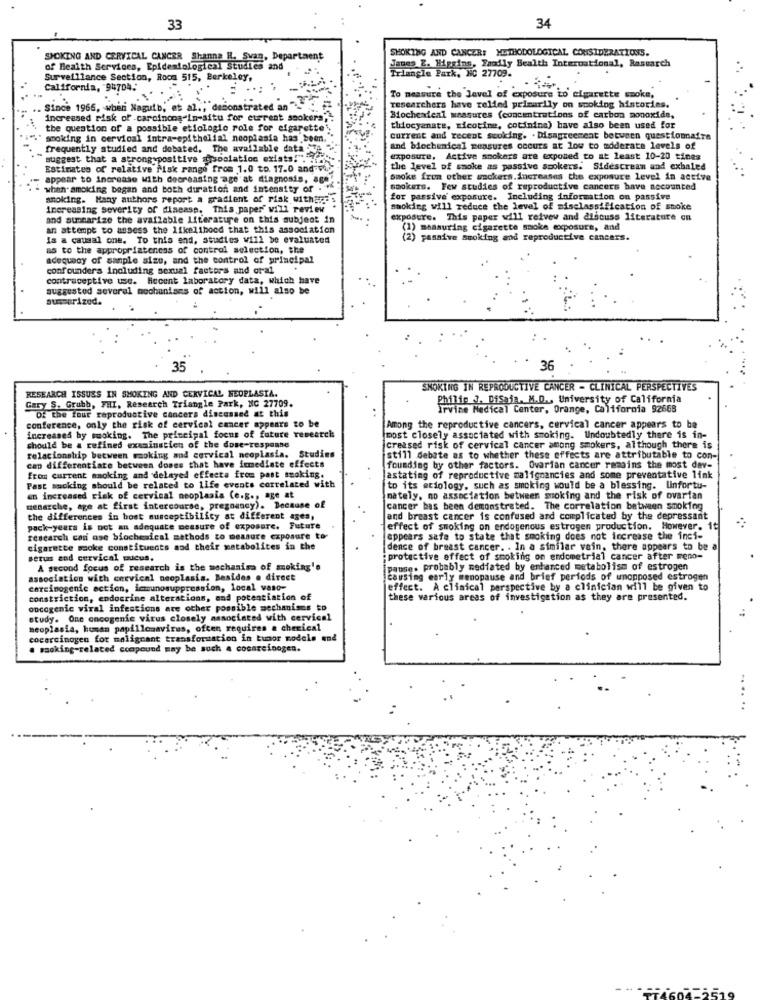
33
34
SMOKING AND CANCER: METHODOLOGICAL CONSIDERATIONS.
SMOKING AND CERVICAL CANCER Shanna H. Svan, Department
Janes Z. Mysins, Faodly Bealth International, Rasuarch
of Health Services, Epidemiological Studies and
Surveillance Section, Room 515, Berkeley,
Triangle Park, NC 27709.
California, 94704.
To measure the Javel of exposure to cigarette smoke,
. Since 1966, wheni Nagutb; et
monstrated
researchers have relied primarily on smoking histories.
increased risk of .carcinoma-in-situ for current spokera ,:
Biochemical measures (concentrations of carbon monoxide,
the question of a possible etiologie role for cigarette',
thiocyanate, nicotine, cotinine) have also been used for
smoking in cervical intra-epithelial neoplasia has been,
current and recent swoking. . Disagreement between questionnaire
frequently studied and debated, The available data
and biochemical measures occurs at low to moderate levels of
suggest that a strong positive sociation exists. .....
exposure, Active smokers are exposed to at least 10-20 tines
Estimates of relative Misk range from 1.0 to. 17.0 and w.
the level of smoke as passive smokers. Sidescrean and exbaled
appear to increase With decreasing age at diagnosis, ag
smoke from other umckers.increases the exposure level in active
whan smoking bagan and both duration and intensity of ."
smokers. Few studies of reproductive cancers have accounted
anoking. Many authors report a gradient of risk with:rc
for passive exposure. Including information on passive
increasing severity of disease. This paper" will review
smoking will reduce the level of misclassification of smoke
and summarize the available Literature on this subject in
exposure. This paper will reivew and discuss literature on
an attempt to assess the likelihood that this association
)measuring cigarette moke exposure, and
Is a causal one. To this end, studies will be evaluated
(2) passive smoking and reproductive cancers.
as to the appropriateness of control selection, the
adequacy of sample size, and the control of principal
confounders including sexual factors and oral
contraceptive use. Hecent laboratory data, which have
suggested several mechanisms of action, will also be
aussurized.
35
36
SNOKING IN REPRODUCTIVE CANCER - CLINICAL PERSPECTIVES
RESEARCH ISSUES IN SMOKING AND CERVICAL NEOPLASIA.
Philip J. DiSaia. M.D ., University of California
Gary S. Grubb, THI, Research Triangle Park, NC 27709.
Irvine Medical Center, Orange, California 92668
Of the tour reproductive cancers discussed at this
conference, only the risk of cervical cancer appears to be
Among the reproductive cancers, cervical cancer appears to be
increased by smoking. The principal focus of future research
most closely associated with smoking. Undoubtedly there is in-
should be a refined examination of the dose-respanne
creased risk of cervical cancer among smokers, although there is
relationship between mmoking and cervical neoplasia. Studies
still debate as to whether these effects are attributable to con-
cap differentiate between dones that have immediate effects
founding by other factors. Ovarian cancer remains the most dev-
from current smoking and delayed effects from past smoking.
astating of reproductive malignancies and some preventative link
Past smoking should be related to life events correlate
to its etiology, such as smoking would be a blessing. Unfortu-
en increased risk of cervical neoplasia (e.g ., age at
mately, no association between smoking and the risk of ovarian
menarche, age at first intercourse, pregnancy). Because of
cancer bas been demonstrated. The correlation between smoking
the differences in bost susceptibility at different ages,
and breast cancer is confused ard complicated by the depressant
pack-years is not an adequate measure of exposure. Future
effect of smoking on endogenous estrogen production. However. it
research can ase biochemical methods to measure exposure to
appears safe to state that smoking does not increase the inci-
cigarette smoke constituents and their metabolites in the
dence of breast cancer. . In a similar vain, there appears to be a
Betuns and cervical mucus.
protective effect of smoking on endometrial cancer after meno-
A second focus of research is the mechanisa of smoking'e
pause. probably mediated by enhanced metabolism of estrogen
association with cervical neoplasia. Besides @ direct
causing early menopause and brief periods of unopposed estrogen
carcinogenic action, immunosuppression, local vaso-
effect. A clinical perspective by a clinician will be given to
constriction, endocrine alterations, and potentiation of
these various areas of investigation as they are presented.
oncogenic viral infections are other possible mechanisms to
study. One oncogenic virus closely associated with cervical
neoplasia, human papillomavirus, often requires a chemical
cocarcinogen for malignant transformation in tumor modele end
. masking-related compound may be such & cocarcinogen.
...
...